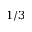
1 / 3